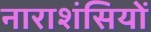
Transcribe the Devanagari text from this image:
नाराशंसियों